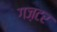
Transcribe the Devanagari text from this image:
गज़टर